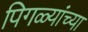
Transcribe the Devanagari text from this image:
पिगळ्यांच्या